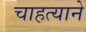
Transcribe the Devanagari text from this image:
चाहत्याने